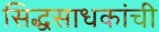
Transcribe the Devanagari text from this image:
सिद्धसाधकांची